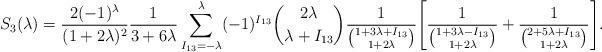
LaTeX: \begin{align*}S_{3}(\lambda) = \frac{2(-1)^\lambda}{(1+2\lambda)^2}\frac{1}{3+6\lambda} \sum\limits_{I_{13}=-\lambda}^\lambda (-1)^{I_{13}} \binom{2\lambda}{\lambda+I_{13}} \frac{1}{\binom{1+3\lambda+I_{13}}{1+2\lambda}}\Biggl[\frac{1}{\binom{1+3\lambda-I_{13}}{1+2\lambda}} + \frac{1}{\binom{2+5\lambda+I_{13}}{1+2\lambda}}\Biggr].\end{align*}